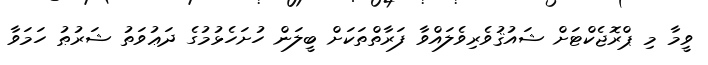
ވީމާ މި ޕްރޮޖެކްޓަށް ޝައުޤުވެރިވެލައްވާ ފަރާތްތަކަށް ބީލަން ހުށަހެޅުމުގެ ދަޢުވަތު ޝަރުޠު ހަމަވާ